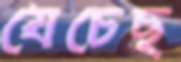
যেচেছ